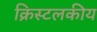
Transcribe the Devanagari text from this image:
क्रिस्टलकीय